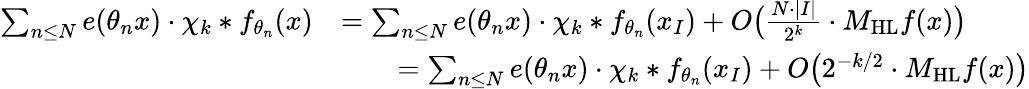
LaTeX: \begin{array}{rl}{\sum_{n\leq N}e(\theta_{n}x)\cdot\chi_{k}*f_{\theta_{n}}(x)}&{=\sum_{n\leq N}e(\theta_{n}x)\cdot\chi_{k}*f_{\theta_{n}}(x_{I})+O\big(\frac{{N}\cdot|I|}{2^{k}}\cdot M_{\mathrm{HL}}f(x)\big)}\\ &{\qquad=\sum_{n\leq N}e(\theta_{n}x)\cdot\chi_{k}*f_{\theta_{n}}(x_{I})+O\big(2^{-k/2}\cdot M_{\mathrm{HL}}f(x)\big)}\end{array}